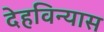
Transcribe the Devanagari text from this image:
देहविन्यास